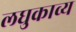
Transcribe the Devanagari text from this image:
लघुकाव्य